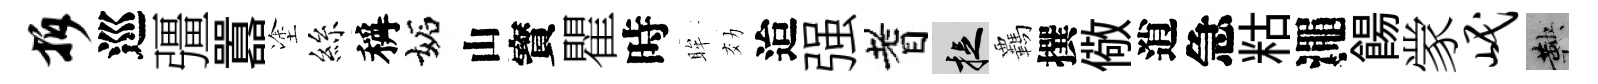
拆巡彊囂塗絲稱妬山寳瞿時眸効迨强耆捉覊撰儆逍急䊀澠餳䝉岷鞅